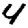
Digit: 4